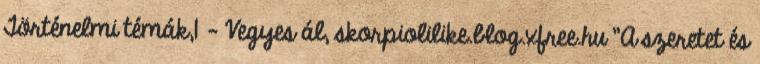
Történelmi témák,1 - Vegyes ál, skorpiolilike.blog.xfree.hu "A szeretet és